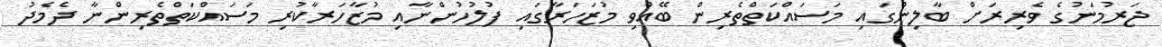
ޖަރުމަނުގެ ވެރިރަށް ބާލިންގައި މަސައްކަތްތެރިން ބޭއްވި މުޒަހަރާގައި ފުލުހުންނާއި މުޒާހަރާކުރި މަސައްކަތްތެރިންނާ ދެމެދު